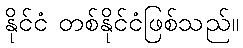
နိုင်ငံ တစ်နိုင်ငံဖြစ်သည်။